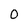
Character: 0